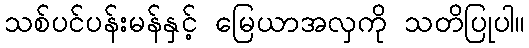
သစ်ပင်ပန်းမန်နှင့် မြေယာအလှကို သတိပြုပါ။